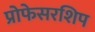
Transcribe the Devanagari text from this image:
प्रोफेसरशिप